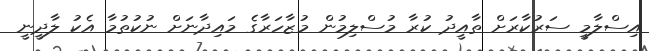
އިސްލާމީ ސަރުކާރަށް ތާއީދު ކުރާ މުސްލިމުން މުޒާހަރާގެ މައިދާނަށް ނުކުތުމާ އެކު ލާދީނީ